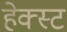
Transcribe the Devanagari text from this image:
हेक्स्ट